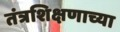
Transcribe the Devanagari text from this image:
तंत्रशिक्षणाच्या